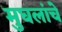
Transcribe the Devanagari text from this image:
मुघलांचे